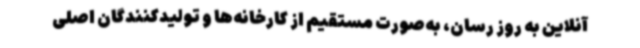
آنلاین به‌ روز رسان، به‌صورت مستقیم از کارخانه‌ها و تولیدکنندگان اصلی